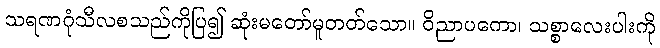
သရဏဂုံသီလစသည်ကိုပြ၍ ဆုံးမတော်မူတတ်သော။ ဝိညာပကော၊ သစ္စာလေးပါးကို